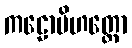
ကဠောပိဟတ္ထော